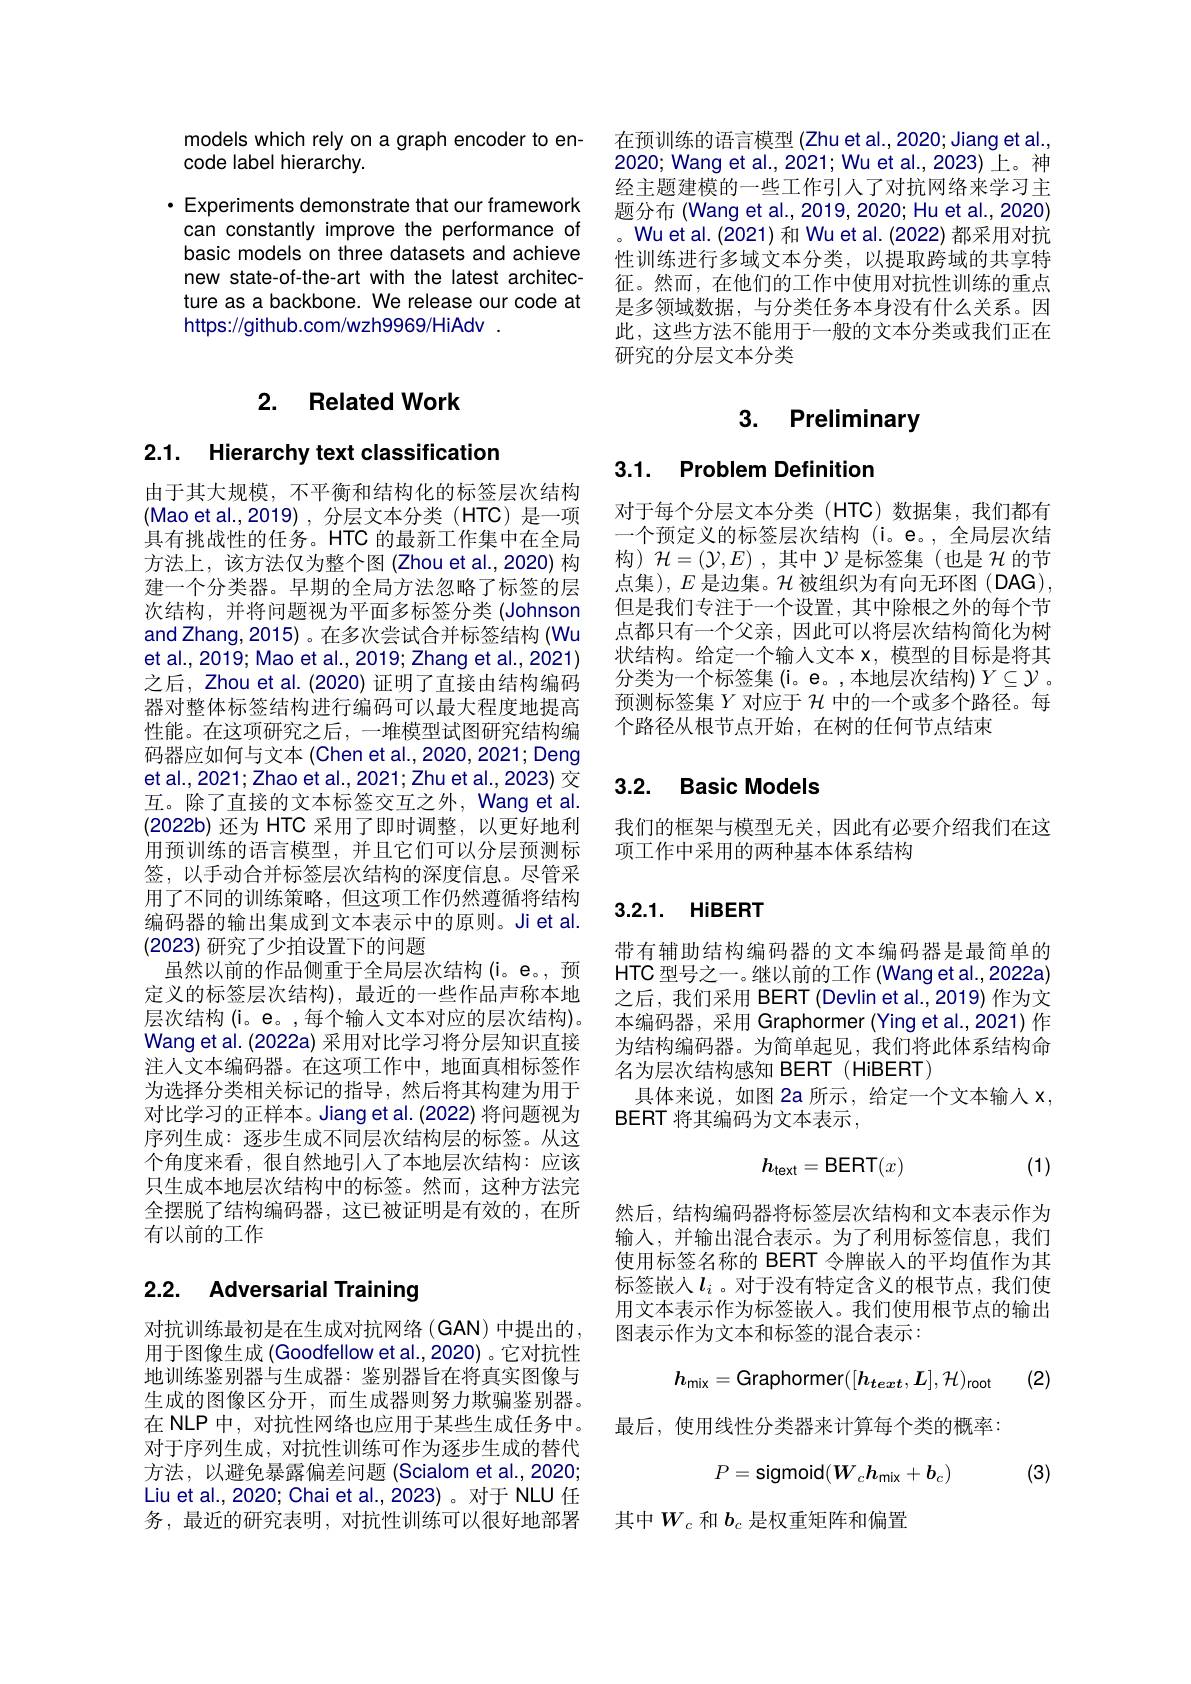
models which rely on a graph encoder to en-
code label hierarchy.

· Experiments demonstrate that our framework can constantly improve the performance of basic models on three datasets and achieve new state-of-the-art with the latest architecture as a backbone. We release our code at https://github.com/wzh9969/HiAdv .

## 2. Related Work

# 2.1. Hierarchy text classification

由于其大规模，不平衡和结构化的标签层次结构(Mao et al.,2019),分层文本分类(HTC)是一项具有挑战性的任务。HTC 的最新工作集中在全局方法上，该方法仅为整个图(Zhou et al.,2020) 构建一个分类器。早期的全局方法忽略了标签的层次结构，并将问题视为平面多标签分类(Johnson and Zhang, 2015) 。在多次尝试合并标签结构 (Wu et al., 2019; Mao et al., 2019; Zhang et al., 2021) 之后，Zhou et al. (2020) 证明了直接由结构编码器对整体标签结构进行编码可以最大程度地提高性能。在这项研究之后，一堆模型试图研究结构编码器应如何与文本 (Chen et al.,2020,2021; Deng et al., 2021; Zhao et al., 2021; Zhu et al., 2023) 交互。除了直接的文本标签交互之外，Wang et al. $(2022b)$还为 HTC 采用了即时调整，以更好地利用预训练的语言模型，并且它们可以分层预测标签，以手动合并标签层次结构的深度信息。尽管采用了不同的训练策略，但这项工作仍然遵循将结构编码器的输出集成到文本表示中的原则。Ji et al. (2023)研究了少拍设置下的问题
虽然以前的作品侧重于全局层次结构(i。e。,预定义的标签层次结构),最近的一些作品声称本地层次结构(i。e。,每个输人文本对应的层次结构)。Wang et al. (2022a) 采用对比学习将分层知识直接注人文本编码器。在这项工作中，地面真相标签作为选择分类相关标记的指导，然后将其构建为用于对比学习的正样本。Jiang et al. (2022) 将问题视为序列生成：逐步生成不同层次结构层的标签。从这个角度来看，很自然地引人了本地层次结构：应该只生成本地层次结构中的标签。然而，这种方法完全摆脱了结构编码器，这已被证明是有效的，在所有以前的工作

# 2.2. Adversarial Training

对抗训练最初是在生成对抗网络(GAN)中提出的， 用于图像生成 (Goodfellow et al., 2020) 。它对抗性地训练鉴别器与生成器：鉴别器旨在将真实图像与生成的图像区分开，而生成器则努力欺骗鉴别器。在 NLP 中，对抗性网络也应用于某些生成任务中。对于序列生成，对抗性训练可作为逐步生成的替代方法，以避免暴露偏差问题(Scialom et al.,2020; Liu et al., 2020; Chai et al., 2023) 。对于 NLU 任务，最近的研究表明，对抗性训练可以很好地部署

在预训练的语言模型 (Zhu et al.,2020; Jiang et al. 2020; Wang et al., 2021; Wu et al., 2023) 上。神经主题建模的一些工作引人了对抗网络来学习主题分布(Wang et al., 2019, 2020; Hu et al., 2020) 。Wu et al. (2021) 和 Wu et al. (2022) 都采用对抗性训练进行多域文本分类，以提取跨域的共享特征。然而，在他们的工作中使用对抗性训练的重点是多领域数据，与分类任务本身没有什么关系。因此，这些方法不能用于一般的文本分类或我们正在研究的分层文本分类

# 3. Preliminary

3.1. Problem Definition

对于每个分层文本分类(HTC)数据集，我们都有一个预定义的标签层次结构(i。e。,全局层次结构)$\mathcal{H}=(\mathcal{Y},E)$,其中$\mathcal{Y}$是标签集(也是$\mathcal{H}$的节点集), $E$是边集。$\mathcal{H}$被组织为有向无环图(DAG), 但是我们专注于一个设置，其中除根之外的每个节点都只有一个父亲，因此可以将层次结构简化为树状结构。给定一个输入文本x，模型的目标是将其分类为一个标签集(i。e。,本地层次结构)$Y\subseteq\mathcal{Y}$ 。预测标签集$Y$对应于$\mathcal{H}$中的一个或多个路径。每个路径从根节点开始，在树的任何节点结束

# 3.2. Basic Models

我们的框架与模型无关，因此有必要介绍我们在这
项工作中采用的两种基本体系结构

## 3.2.1. HiBERT

带有辅助结构编码器的文本编码器是最简单的HTC 型号之一。继以前的工作 (Wang et al.,2022a) 之后，我们采用 BERT (Devlin et al.,2019) 作为文本编码器，采用 Graphormer (Ying et al.,2021) 作为结构编码器。为简单起见，我们将此体系结构命名为层次结构感知 BERT (HiBERT)
具体来说，如图 2a 所示，给定一个文本输入 X
BERT 将其编码为文本表示，
$$h_{\mathrm{text}}=\mathsf{BERT}(x)$$
(1)

然后，结构编码器将标签层次结构和文本表示作为输入，并输出混合表示。为了利用标签信息，我们使用标签名称的 BERT 令牌嵌入的平均值作为其标签嵌入$l_i$ 。对于没有特定含义的根节点，我们使用文本表示作为标签嵌人。我们使用根节点的输出图表示作为文本和标签的混合表示：
$$h_{\mathrm{mix}}=\text{Graphormer}([h_{text},L],\mathcal{H})_{\mathrm{root}}$$
(2)

最后，使用线性分类器来计算每个类的概率：
$$P=\text{sigmoid}(W_ch_{\text{mix}}+b_c)$$
(3)

其中$W_c$和$b_c$是权重矩阵和偏置